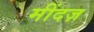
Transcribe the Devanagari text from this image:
मींदज़